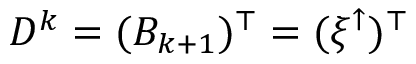
D ^ { k } = ( B _ { k + 1 } ) ^ { \top } = ( \xi ^ { \uparrow } ) ^ { \top }